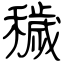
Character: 穢